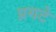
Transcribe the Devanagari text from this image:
प्रगटे